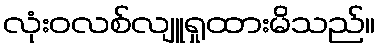
လုံးဝလစ်လျူရှုထားမိသည်။